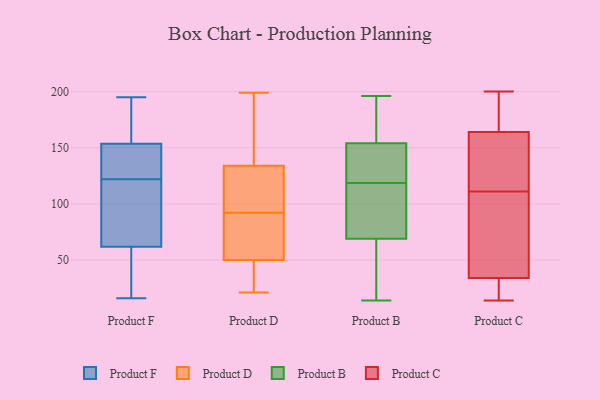
{"axis": {"x": "Tickets Resolved", "y": "Value"}, "legend": ["Product B", "Product C", "Product D", "Product F"], "data": [{"x": "", "y": 33, "type": "Product F"}, {"x": "", "y": 118, "type": "Product F"}, {"x": "", "y": 123, "type": "Product F"}, {"x": "", "y": 23, "type": "Product F"}, {"x": "", "y": 149, "type": "Product F"}, {"x": "", "y": 195, "type": "Product F"}, {"x": "", "y": 58, "type": "Product F"}, {"x": "", "y": 122, "type": "Product F"}, {"x": "", "y": 139, "type": "Product F"}, {"x": "", "y": 73, "type": "Product F"}, {"x": "", "y": 165, "type": "Product F"}, {"x": "", "y": 104, "type": "Product F"}, {"x": "", "y": 155, "type": "Product F"}, {"x": "", "y": 57, "type": "Product F"}, {"x": "", "y": 16, "type": "Product F"}, {"x": "", "y": 179, "type": "Product F"}, {"x": "", "y": 103, "type": "Product F"}, {"x": "", "y": 184, "type": "Product F"}, {"x": "", "y": 142, "type": "Product F"}, {"x": "", "y": 127, "type": "Product D"}, {"x": "", "y": 85, "type": "Product D"}, {"x": "", "y": 144, "type": "Product D"}, {"x": "", "y": 108, "type": "Product D"}, {"x": "", "y": 125, "type": "Product D"}, {"x": "", "y": 21, "type": "Product D"}, {"x": "", "y": 181, "type": "Product D"}, {"x": "", "y": 62, "type": "Product D"}, {"x": "", "y": 41, "type": "Product D"}, {"x": "", "y": 141, "type": "Product D"}, {"x": "", "y": 41, "type": "Product D"}, {"x": "", "y": 45, "type": "Product D"}, {"x": "", "y": 199, "type": "Product D"}, {"x": "", "y": 85, "type": "Product D"}, {"x": "", "y": 99, "type": "Product D"}, {"x": "", "y": 55, "type": "Product D"}, {"x": "", "y": 108, "type": "Product B"}, {"x": "", "y": 175, "type": "Product B"}, {"x": "", "y": 147, "type": "Product B"}, {"x": "", "y": 196, "type": "Product B"}, {"x": "", "y": 82, "type": "Product B"}, {"x": "", "y": 14, "type": "Product B"}, {"x": "", "y": 51, "type": "Product B"}, {"x": "", "y": 41, "type": "Product B"}, {"x": "", "y": 151, "type": "Product B"}, {"x": "", "y": 166, "type": "Product B"}, {"x": "", "y": 111, "type": "Product B"}, {"x": "", "y": 154, "type": "Product B"}, {"x": "", "y": 69, "type": "Product B"}, {"x": "", "y": 126, "type": "Product B"}, {"x": "", "y": 97, "type": "Product C"}, {"x": "", "y": 88, "type": "Product C"}, {"x": "", "y": 39, "type": "Product C"}, {"x": "", "y": 195, "type": "Product C"}, {"x": "", "y": 195, "type": "Product C"}, {"x": "", "y": 25, "type": "Product C"}, {"x": "", "y": 125, "type": "Product C"}, {"x": "", "y": 163, "type": "Product C"}, {"x": "", "y": 29, "type": "Product C"}, {"x": "", "y": 200, "type": "Product C"}, {"x": "", "y": 151, "type": "Product C"}, {"x": "", "y": 58, "type": "Product C"}, {"x": "", "y": 40, "type": "Product C"}, {"x": "", "y": 14, "type": "Product C"}, {"x": "", "y": 165, "type": "Product C"}, {"x": "", "y": 160, "type": "Product C"}, {"x": "", "y": 199, "type": "Product C"}, {"x": "", "y": 16, "type": "Product C"}, {"x": "", "y": 160, "type": "Product C"}, {"x": "", "y": 17, "type": "Product C"}]}